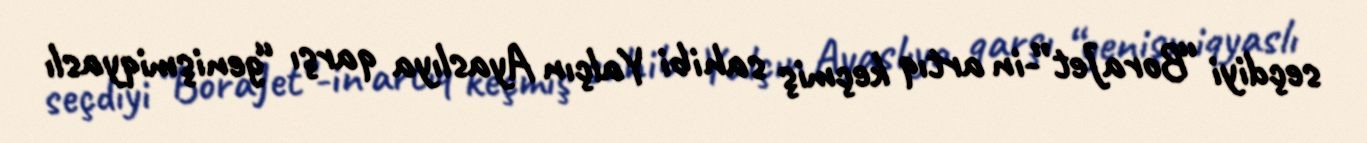
seçdiyi “BoraJet”-in artıq keçmiş sahibi Yalçın Ayaslıya qarşı “genişmiqyaslı